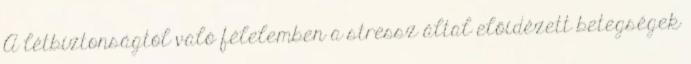
A létbiztonságtól való félelemben a stressz által előidézett betegségek